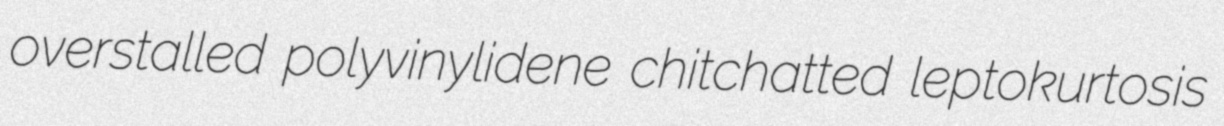
overstalled polyvinylidene chitchatted leptokurtosis